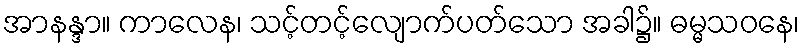
အာနန္ဒာ။ ကာလေန၊ သင့်တင့်လျောက်ပတ်သော အခါ၌။ ဓမ္မသဝနေ၊